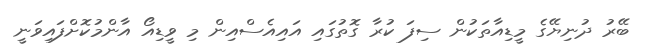
ބޭރު ދުނިޔޭގެ މީޑިއާތަކުން ސިފަ ކުރާ ގޮތުގައި އައިއެސްއިން މި ވީޑިއޯ އާންމުކޮށްފައިވަނީ